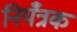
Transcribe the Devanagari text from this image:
नियँत्रक